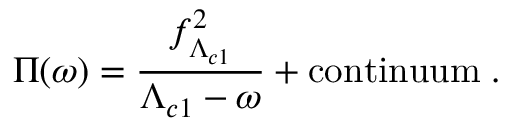
\Pi ( \omega ) = { \frac { f _ { \Lambda _ { c 1 } } ^ { 2 } } { \Lambda _ { c 1 } - \omega } } + \mathrm { c o n t i n u u m } \; .